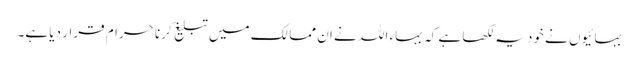
بہائیوں نے خود یہ لکھا ہے کہ بہاء اللہ نے ان ممالک میں تبلیغ کرنا حرام قرار دیا ہے۔